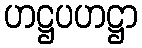
ဟဋ္ဌပဟဋ္ဌာ